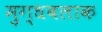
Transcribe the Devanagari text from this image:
मुग्धबलाक